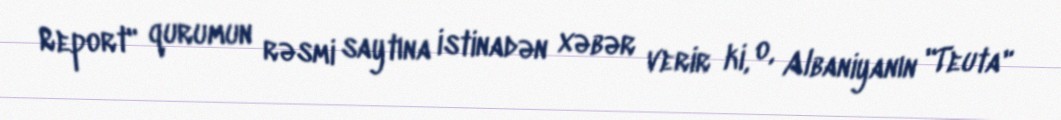
Report" qurumun rəsmi saytına istinadən xəbər verir ki, o, Albaniyanın "Teuta"